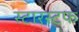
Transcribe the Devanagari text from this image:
स्टारस्टफ